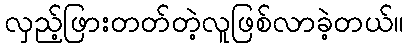
လှည့်ဖြားတတ်တဲ့လူဖြစ်လာခဲ့တယ်။